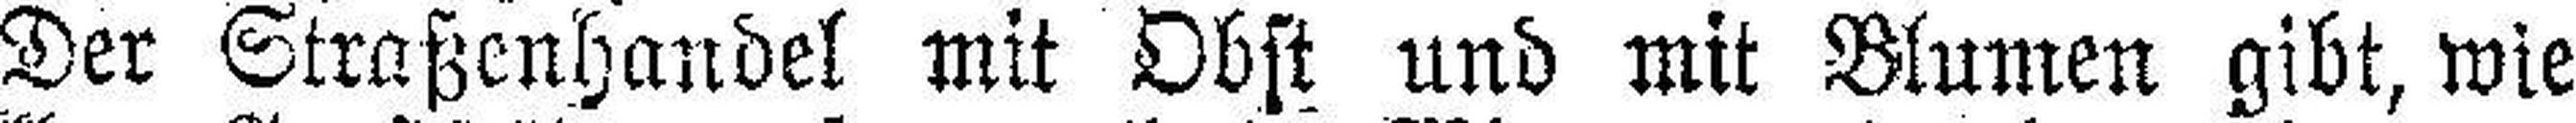
Der Straßenhandel mit Obst und mit Blumen gibt, wie